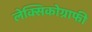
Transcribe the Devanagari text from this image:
लेक्सिकोग्राफी